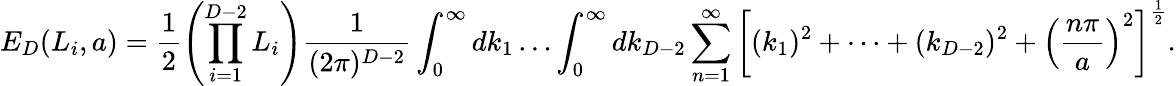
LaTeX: E_{D}(L_{i},a)=\frac{1}{2}\left(\prod_{i=1}^{D-2}L_{i}\right)\frac{1}{(2\pi)^{D-2}}\int_{0}^{\infty}dk_{1}\dots\int_{0}^{\infty}dk_{D-2}\sum_{n=1}^{\infty}\left[(k_{1})^{2}+\dots+(k_{D-2})^{2}+\left(\frac{n\pi}{a}\right)^{2}\right]^{\frac{1}{2}}.